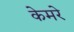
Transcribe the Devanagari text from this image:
केमरे